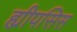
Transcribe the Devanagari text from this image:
ह्यीपसिस